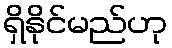
ရှိနိုင်မည်ဟု